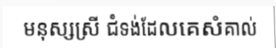
មនុស្សស្រី ជំទង់ដែលគេសំគាល់